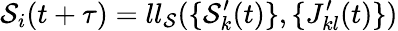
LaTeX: \mathcal{S}_{i}(t+\tau)=ll_{\mathcal{S}}(\{ \mathcal{S}_{k}^{\prime}(t)\} ,\{ J_{kl}^{\prime}(t)\} )